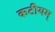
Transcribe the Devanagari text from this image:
कटीयम्‌